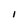
Character: I